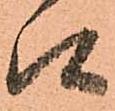
候